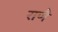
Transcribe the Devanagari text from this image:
राणै